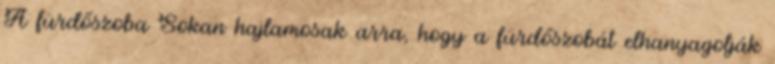
A fürdőszoba Sokan hajlamosak arra, hogy a fürdőszobát elhanyagolják